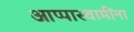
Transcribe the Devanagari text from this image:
आप्पास्‍वामींना